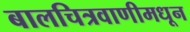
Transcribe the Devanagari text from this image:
बालचित्रवाणीमधून